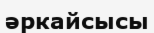
әркайсысы